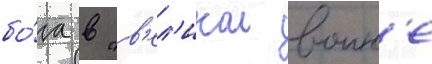
бо́га в "в'ел'икои воин'е